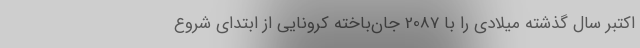
اکتبر سال گذشته میلادی را با 2087 جان‌باخته کرونایی از ابتدای شروع